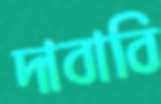
দাবাবি